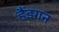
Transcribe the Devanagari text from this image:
हैंडगन